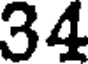
34